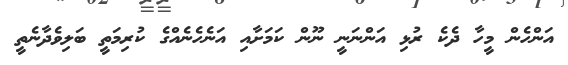
އަންހެން މީހާ ދެކެ ރުޅި އަންނަނީ ނޫން ކަމަށާއި އަނެހެނެއްގެ ކުރިމަތީ ބަލިވެދާނެތީ